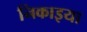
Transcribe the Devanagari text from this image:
निकाइया